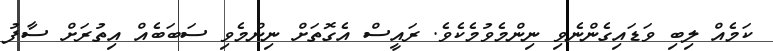
ކަމެއް ލިބި ވަޑައިގެންނެވި ނިންމެވުމެކެވެ. ރައީސް އެގޮތަށް ނިންމެވި ސަބަބެއް އިތުރަށް ސާފު